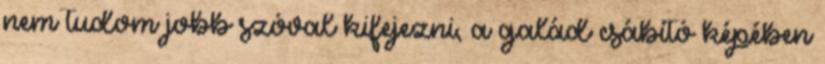
nem tudom jobb szóval kifejezni, a galád csábító képében